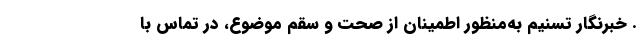
. خبرنگار تسنیم به‌منظور اطمینان از صحت و سقم موضوع،‌ در تماس با